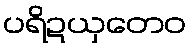
ပရိဍယှတေဝ